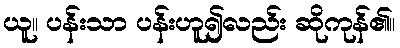
ယူ။ ပန်းသာ ပန်းဟူ၍လည်း ဆိုကုန်၏။